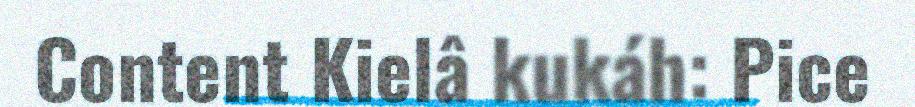
Content Kielâ kukáh: Pice